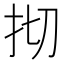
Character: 𢪃